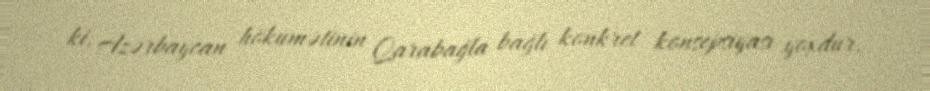
ki, Azərbaycan hökumətinin Qarabağla bağlı konkret konsepsiyası yoxdur.